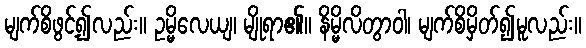
မျက်စိဖွင့်၍လည်း။ ဥမ္မိလေယျ၊ မျိုရာ၏။ နိမ္မိလိတွာဝါ၊ မျက်စိမှိတ်၍မူလည်း။